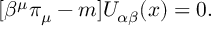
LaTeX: \lbrack \beta ^ { \mu } \pi _ { \mu } - m ] U _ { \alpha \beta } ( x ) = 0 .